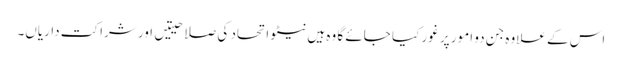
اس کے علاوہ جن دو امور پر غور کیا جائے گا وہ ہیں نیٹو اتحاد کی صلاحیتیں اور شراکت داریاں۔